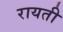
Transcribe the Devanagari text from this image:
रायती